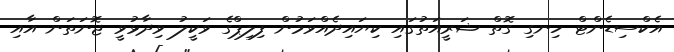
އެކްސިޑެންޓް ހިނގި ގޮތް ޝަރީއަތުގައި ކިޔައިދެއްވަމުން ފިލިޕްގެ ވަކީލު ވިދާޅުވީ ޖޮނަތަން އާއި